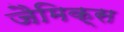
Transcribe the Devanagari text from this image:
जैमिक्स